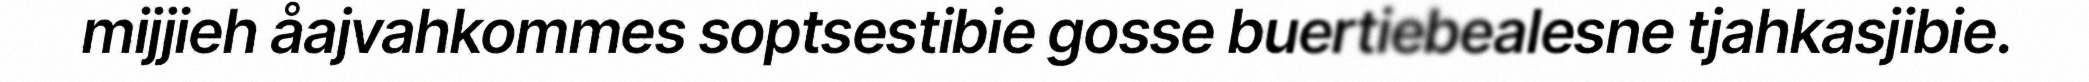
mijjieh åajvahkommes soptsestibie gosse buertiebealesne tjahkasjibie.